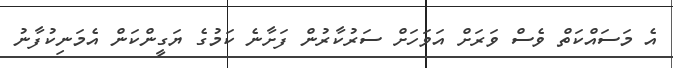
އެ މަސައްކަތް ވެސް ވަރަށް އަވަހަށް ސަރުކާރުން ފަށާނެ ކަމުގެ ޔަގީންކަން އެމަނިކުފާނު